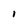
Character: 1